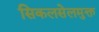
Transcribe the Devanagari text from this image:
सिकलसेलमुक्त